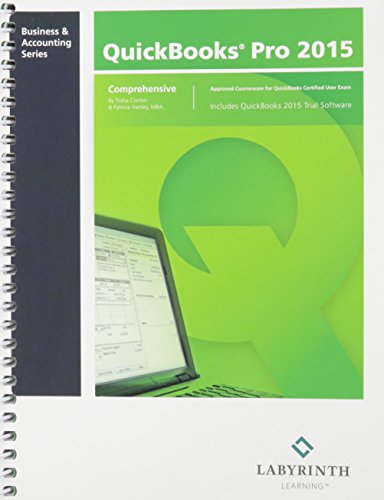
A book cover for QuickBooks Pro 2015: Comprehensive; Conlon & Hartley; Computers & Technology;